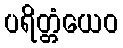
ပရိတ္တံယေဝ